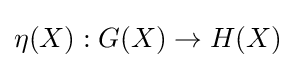
\eta (X):G(X)\to H(X)